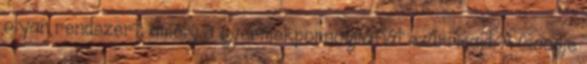
olyan rendszert, amely a gyermekpornográfiát szűri majd. A Google